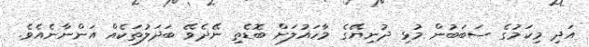
އަދި މިކަމުގެ ސަބަބުން މުޅި ދުނިޔޭގެ މާހައުލަށް ބޮޑެތި ނޭދެވޭ ބަދަލުތަކެއް އަންނާނެއެވެ.